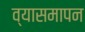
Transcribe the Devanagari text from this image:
व्यासमापन